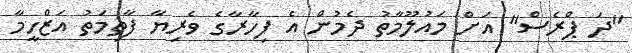
"ދަ ޕްރެސް" އަށް މައުލޫމާތު ދެމުން އެ ފިހާރާގެ ވެރިޔާ ފާތިމަތު އަޒްހީމާ